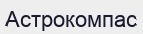
Астрокомпас